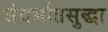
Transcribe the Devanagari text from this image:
संदर्भातसुद्धा